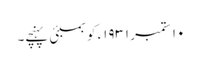
١٠ ستمبر ١٩٣١ء کو بمبئی پہنچے۔